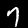
Digit: 7